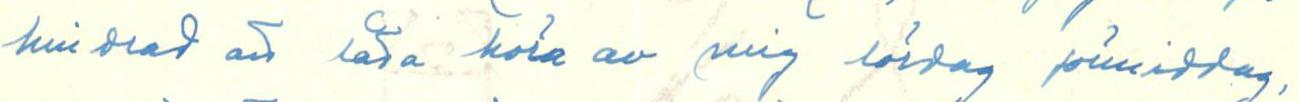
hindrad att låta höra av mig lördag förmiddag,